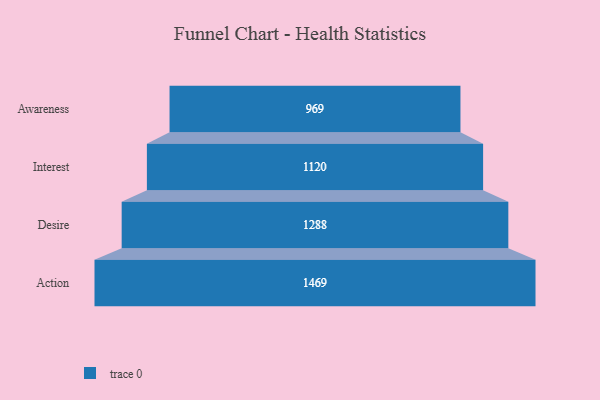
{"axis": {"x": "Stage", "y": "Value"}, "legend": [""], "data": [{"x": "Awareness", "y": 969.0, "type": ""}, {"x": "Interest", "y": 1120.0, "type": ""}, {"x": "Desire", "y": 1288.0, "type": ""}, {"x": "Action", "y": 1469.0, "type": ""}]}